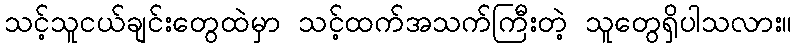
သင့်သူငယ်ချင်းတွေထဲမှာ သင့်ထက်အသက်ကြီးတဲ့ သူတွေရှိပါသလား။